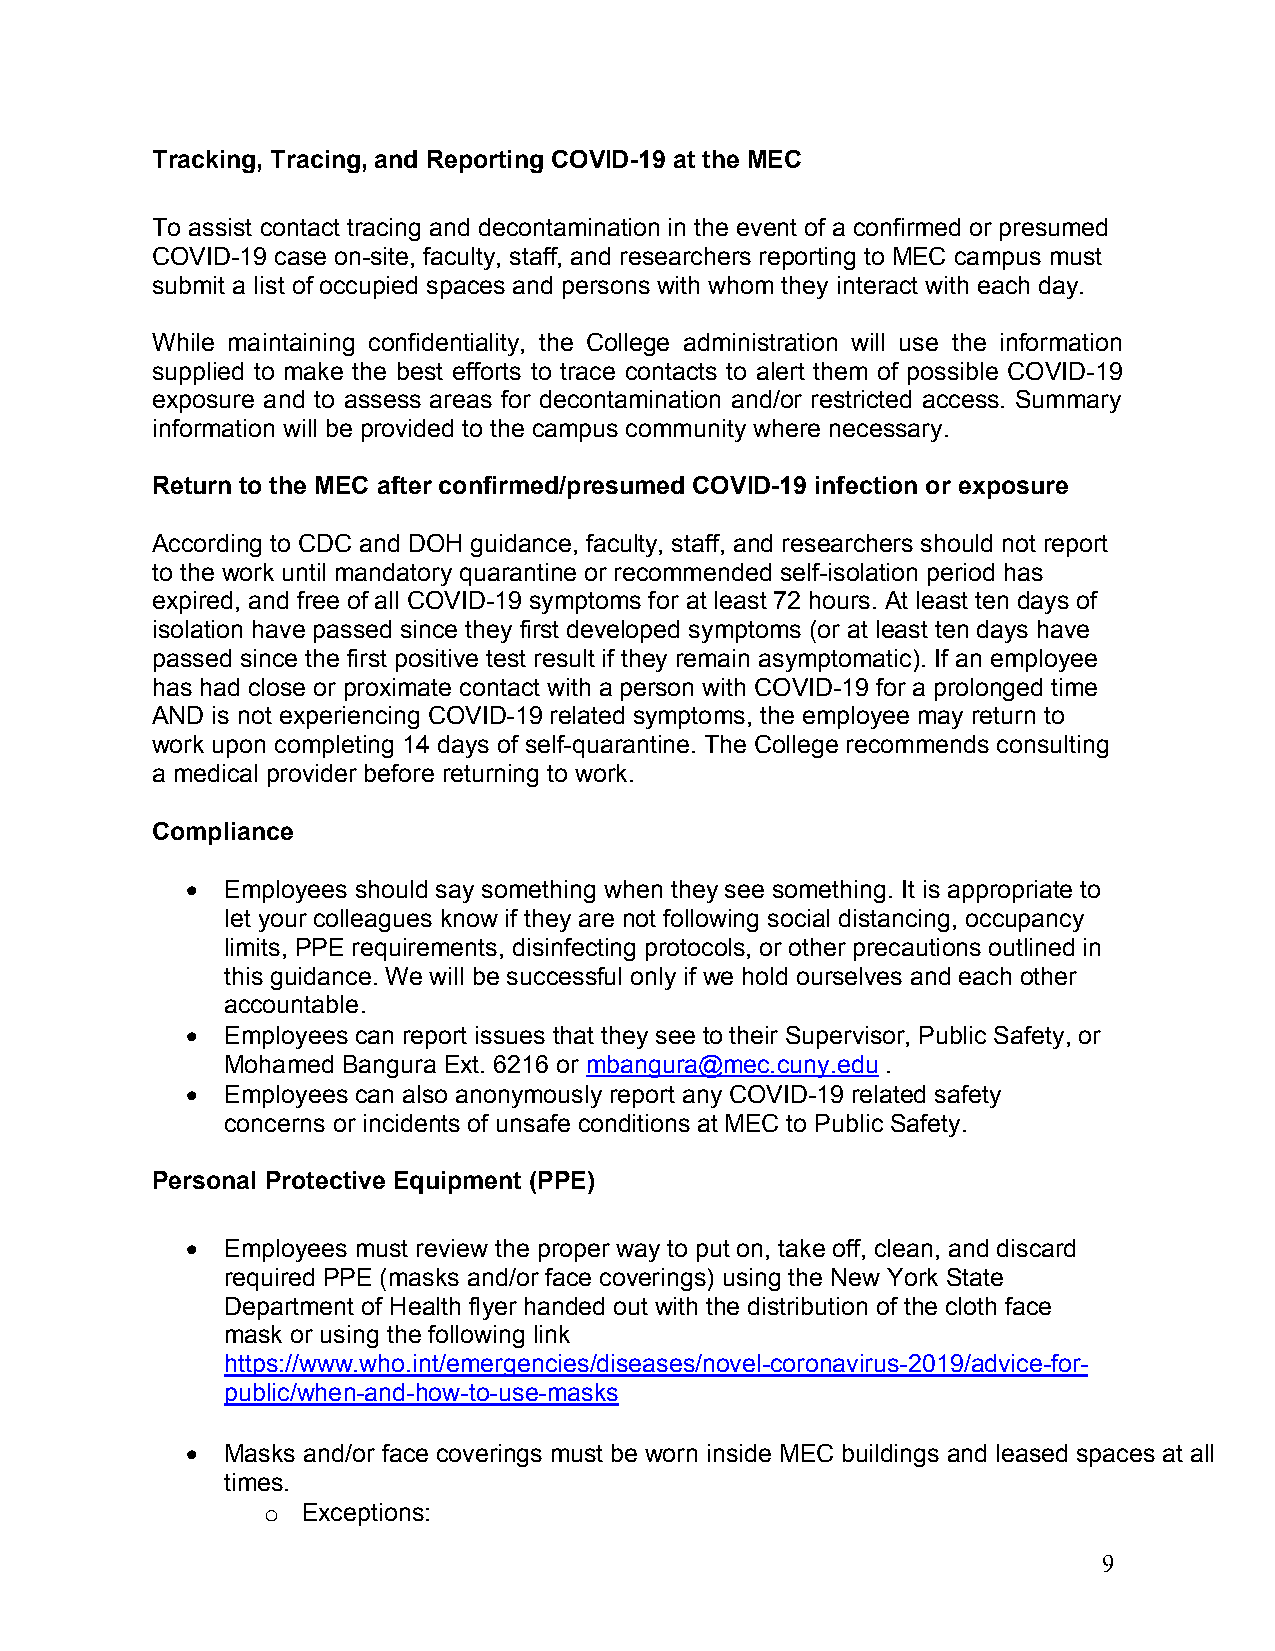
Tracking, Tracing, and Reporting COVID-19 at the MEC
 To assist contact tracing and decontamination in the event of a confirmed or presumed
 COVID-19 case on-site, faculty, staff, and researchers reporting to MEC campus must
 submit a list of occupied spaces and persons with whom they interact with each day.
 While maintaining confidentiality, the College administration will use the information
 supplied to make the best efforts to trace contacts to alert them of possible COVID-19
 exposure and to assess areas for decontamination and/or restricted access. Summary
 information will be provided to the campus community where necessary.
 Return to the MEC after confirmed/presumed COVID-19 infection or exposure
 According to CDC and DOH guidance, faculty, staff, and researchers should not report
 to the work until mandatory quarantine or recommended self-isolation period has
 expired, and free of all COVID-19 symptoms for at least 72 hours. At least ten days of
 isolation have passed since they first developed symptoms (or at least ten days have
 passed since the first positive test result if they remain asymptomatic). If an employee
 has had close or proximate contact with a person with COVID-19 for a prolonged time
 AND is not experiencing COVID-19 related symptoms, the employee may return to
 work upon completing 14 days of self-quarantine. The College recommends consulting
 a medical provider before returning to work.
 Compliance
 •  Employees should say something when they see something. It is appropriate to
 let your colleagues know if they are not following social distancing, occupancy
 limits, PPE requirements, disinfecting protocols, or other precautions outlined in
 this guidance. We will be successful only if we hold ourselves and each other
 accountable.
 •  Employees can report issues that they see to their Supervisor, Public Safety, or
 Mohamed Bangura Ext. 6216 or mbangura@mec.cuny.edu .
 •  Employees can also anonymously report any COVID-19 related safety
 concerns or incidents of unsafe conditions at MEC to Public Safety.
 Personal Protective Equipment (PPE)
 •  Employees must review the proper way to put on, take off, clean, and discard
 required PPE (masks and/or face coverings) using the New York State
 Department of Health flyer handed out with the distribution of the cloth face
 mask or using the following link
 https://www.who.int/emergencies/diseases/novel-coronavirus-2019/advice-for-
 public/when-and-how-to-use-masks
 •  Masks and/or face coverings must be worn inside MEC buildings and leased spaces at all
 times.
 Exceptions:
 o
 9